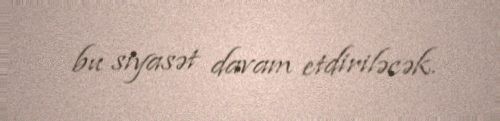
bu siyasət davam etdiriləcək.